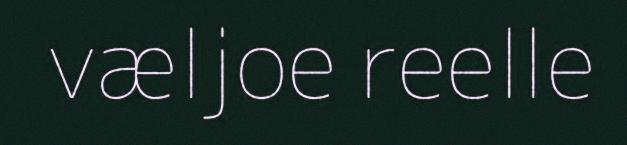
væljoe reelle